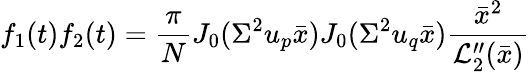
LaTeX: f_{1}(t)f_{2}(t)=\frac{\pi}{N}J_{0}(\Sigma^{2}u_{p}\bar{x})J_{0}(\Sigma^{2}u_{q}\bar{x})\frac{\bar{x}^{2}}{{\cal L}_{2}^{\prime\prime}(\bar{x})}